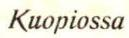
Kuopiossa